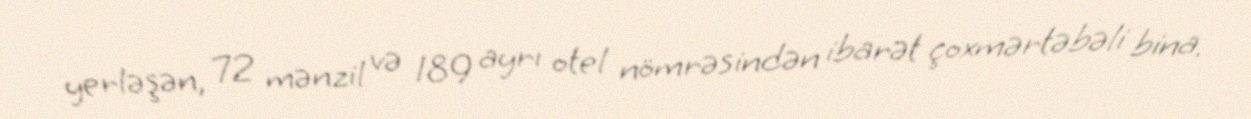
yerləşən, 72 mənzil və 189 ayrı otel nömrəsindən ibarət çoxmərtəbəli bina.